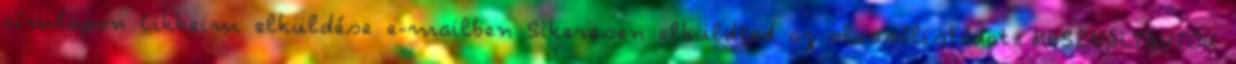
címlapon Cikkeim elküldése e-mailben Sikeresen elküldted az olvasólistádat. HASZNÁLTAUTÓK